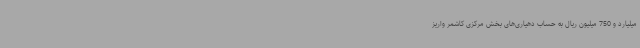
میلیارد و 750 میلیون ریال به حساب دهیاری‌های بخش مرکزی کاشمر واریز